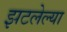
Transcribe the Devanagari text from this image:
झटलेल्या